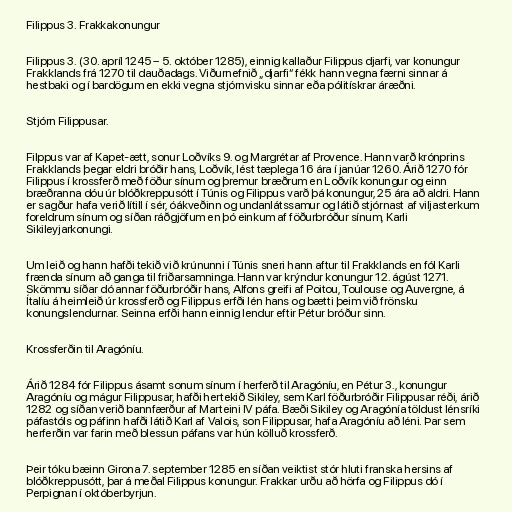
Filippus 3. Frakkakonungur

Filippus 3. (30. apríl 1245 – 5. október 1285), einnig kallaður Filippus djarfi, var konungur
Frakklands frá 1270 til dauðadags. Viðurnefnið „djarfi“ fékk hann vegna færni sinnar á
hestbaki og í bardögum en ekki vegna stjórnvisku sinnar eða pólitískrar áræðni.

Stjórn Filippusar.

Filppus var af Kapet-ætt, sonur Loðvíks 9. og Margrétar af Provence. Hann varð krónprins
Frakklands þegar eldri bróðir hans, Loðvík, lést tæplega 16 ára í janúar 1260. Árið 1270 fór
Filippus í krossferð með föður sínum og þremur bræðrum en Loðvík konungur og einn
bræðranna dóu úr blóðkreppusótt í Túnis og Filippus varð þá konungur, 25 ára að aldri. Hann
er sagður hafa verið lítill í sér, óákveðinn og undanlátssamur og látið stjórnast af viljasterkum
foreldrum sínum og síðan ráðgjöfum en þó einkum af föðurbróður sínum, Karli
Sikileyjarkonungi.

Um leið og hann hafði tekið við krúnunni í Túnis sneri hann aftur til Frakklands en fól Karli
frænda sínum að ganga til friðarsamninga. Hann var krýndur konungur 12. ágúst 1271.
Skömmu síðar dó annar föðurbróðir hans, Alfons greifi af Poitou, Toulouse og Auvergne, á
Ítalíu á heimleið úr krossferð og Filippus erfði lén hans og bætti þeim við frönsku
konungslendurnar. Seinna erfði hann einnig lendur eftir Pétur bróður sinn.

Krossferðin til Aragóníu.

Árið 1284 fór Filippus ásamt sonum sínum í herferð til Aragóníu, en Pétur 3., konungur
Aragóníu og mágur Filippusar, hafði hertekið Sikiley, sem Karl föðurbróðir Filippusar réði, árið
1282 og síðan verið bannfærður af Marteini IV páfa. Bæði Sikiley og Aragónía töldust lénsríki
páfastóls og páfinn hafði látið Karl af Valois, son Filippusar, hafa Aragóníu að léni. Þar sem
herferðin var farin með blessun páfans var hún kölluð krossferð.

Þeir tóku bæinn Girona 7. september 1285 en síðan veiktist stór hluti franska hersins af
blóðkreppusótt, þar á meðal Filippus konungur. Frakkar urðu að hörfa og Filippus dó í
Perpignan í októberbyrjun.